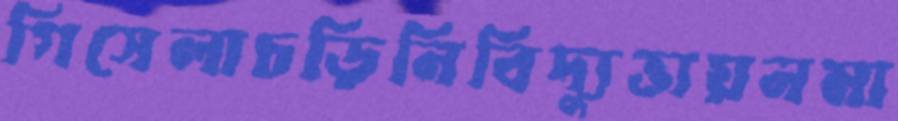
গিসেলাচড়িনিবিদ্যুত্তায়নমা